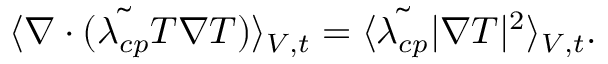
\langle \boldsymbol { \nabla } \cdot ( \tilde { \lambda _ { c p } } T \boldsymbol { \nabla } T ) \rangle _ { V , t } = \langle \tilde { \lambda _ { c p } } | \boldsymbol { \nabla } T | ^ { 2 } \rangle _ { V , t } .